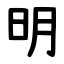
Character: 明